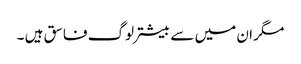
مگر ان میں سے بیشتر لوگ فاسق ہیں ۔